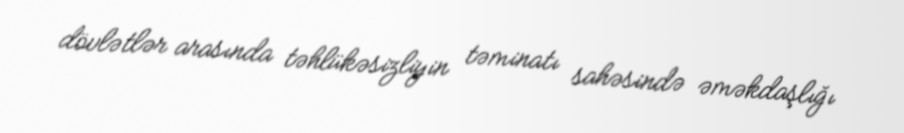
dövlətlər arasında təhlükəsizliyin təminatı sahəsində əməkdaşlığı